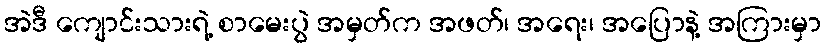
အဲဒီ ကျောင်းသားရဲ့ စာမေးပွဲ အမှတ်က အဖတ်၊ အရေး၊ အပြောနဲ့ အကြားမှာ